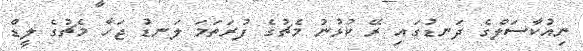
ނިއުކާސަލްގެ ދަނޑުގައި ރޭ ކުޅުނު މެޗުގެ ފުރަތަމަ ލަނޑު ޖަހާ މެޗުގެ ލީޑް